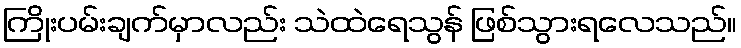
ကြိုးပမ်းချက်မှာလည်း သဲထဲရေသွန် ဖြစ်သွားရလေသည်။